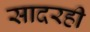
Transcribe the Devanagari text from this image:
सादरही